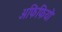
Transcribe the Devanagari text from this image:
अफिफियो